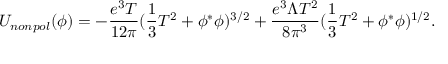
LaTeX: U _ { n o n p o l } ( \phi ) = - { \frac { e ^ { 3 } T } { 1 2 \pi } } ( { \frac { 1 } { 3 } } T ^ { 2 } + \phi ^ { * } \phi ) ^ { 3 / 2 } + { \frac { e ^ { 3 } \Lambda T ^ { 2 } } { 8 \pi ^ { 3 } } } ( { \frac { 1 } { 3 } } T ^ { 2 } + \phi ^ { * } \phi ) ^ { 1 / 2 } .